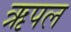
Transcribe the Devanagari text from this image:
ऋपल